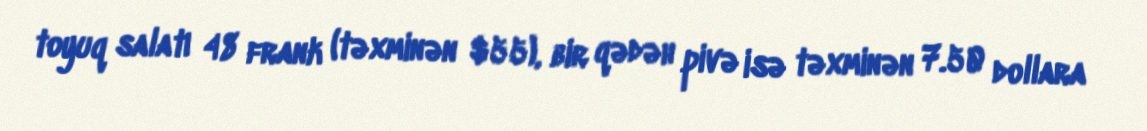
toyuq salatı 48 frank (təxminən $55), bir qədəh pivə isə təxminən 7.50 dollara